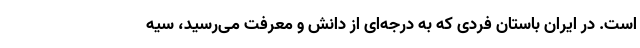
است. در ایران باستان فردی که به درجه‌ای از دانش و معرفت می‌رسید، سیه